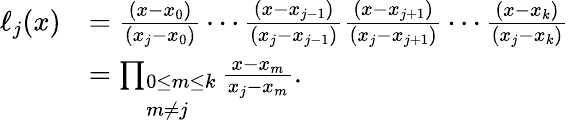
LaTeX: {\begin{array}{rl}{\ell_{j}(x)}&{={\frac{(x-x_{0})}{(x_{j}-x_{0})}}\cdots{\frac{(x-x_{j-1})}{(x_{j}-x_{j-1})}}{\frac{(x-x_{j+1})}{(x_{j}-x_{j+1})}}\cdots{\frac{(x-x_{k})}{(x_{j}-x_{k})}}}\\ &{=\prod_{\begin{array}{l}{0\leq m\leq k}\\ {m\neq j}\end{array}}{\frac{x-x_{m}}{x_{j}-x_{m}}}.}\end{array}}